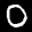
Label: 0